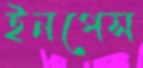
ইনপেস